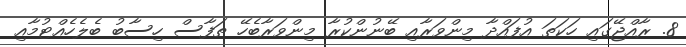
8. ރާއްޖޭގައި ހަކަތަ އުފައްދާ މިންވަރާއި ބޭނުންކުރާ މިންވަރާބެހޭ ތަފާސް ހިސާބު ބެލެހެއްޓުމާއި